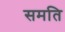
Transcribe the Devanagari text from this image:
समति